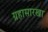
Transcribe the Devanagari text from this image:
ग्रहासारखा